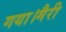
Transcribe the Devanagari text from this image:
गया।मैरी